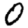
Digit: 0